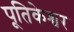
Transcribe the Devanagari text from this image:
पूतिकेश्वर